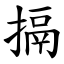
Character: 搹